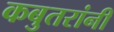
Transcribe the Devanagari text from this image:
कबुतरांनी